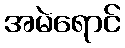
အမဲရောင်